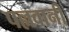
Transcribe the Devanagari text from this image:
पल्लवानी